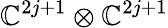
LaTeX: \mathbb{C}^{2j+1}\otimes\mathbb{C}^{2j+1}